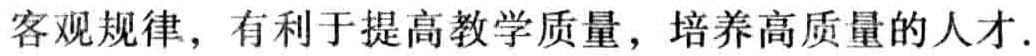
客观规律，有利于提高教学质量，培养高质量的人才.